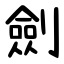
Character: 劍